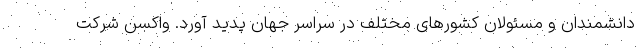
دانشمندان و مسئولان کشورهای مختلف در سراسر جهان پدید آورد. واکسن شرکت